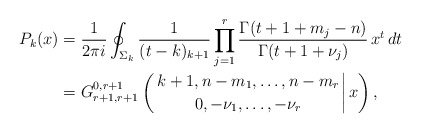
\begin{align*} P_k(x) & = \frac{1}{2\pi i} \oint_{\Sigma_k} \frac{1}{(t-k)_{k+1}} \prod_{j=1}^r \frac{\Gamma(t+1+ m_j-n)}{\Gamma(t+1+\nu_j)} \, x^t \, dt \\&=G_{r+1,r+1}^{0,r+1} \left( \left. {k+1,n-m_1,\ldots,n-m_r \atop 0,-\nu_1, \ldots,-\nu_r} \right|x\right) ,\end{align*}